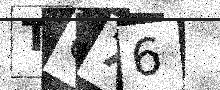
Text: TU76